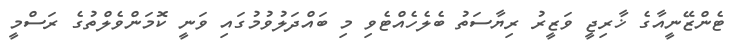
ޓެންޒޭނީއާގެ ޚާރިޖީ ވަޒީރު ރިޔާސަތު ބެލެހެއްޓެވި މި ބައްދަލުވުމުގައި ވަނީ ކޮމަންވެލްތުގެ ރަސްމީ